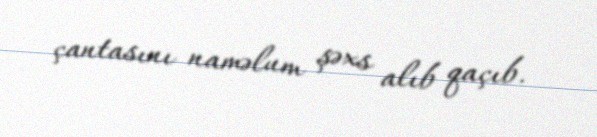
çantasını naməlum şəxs alıb qaçıb.